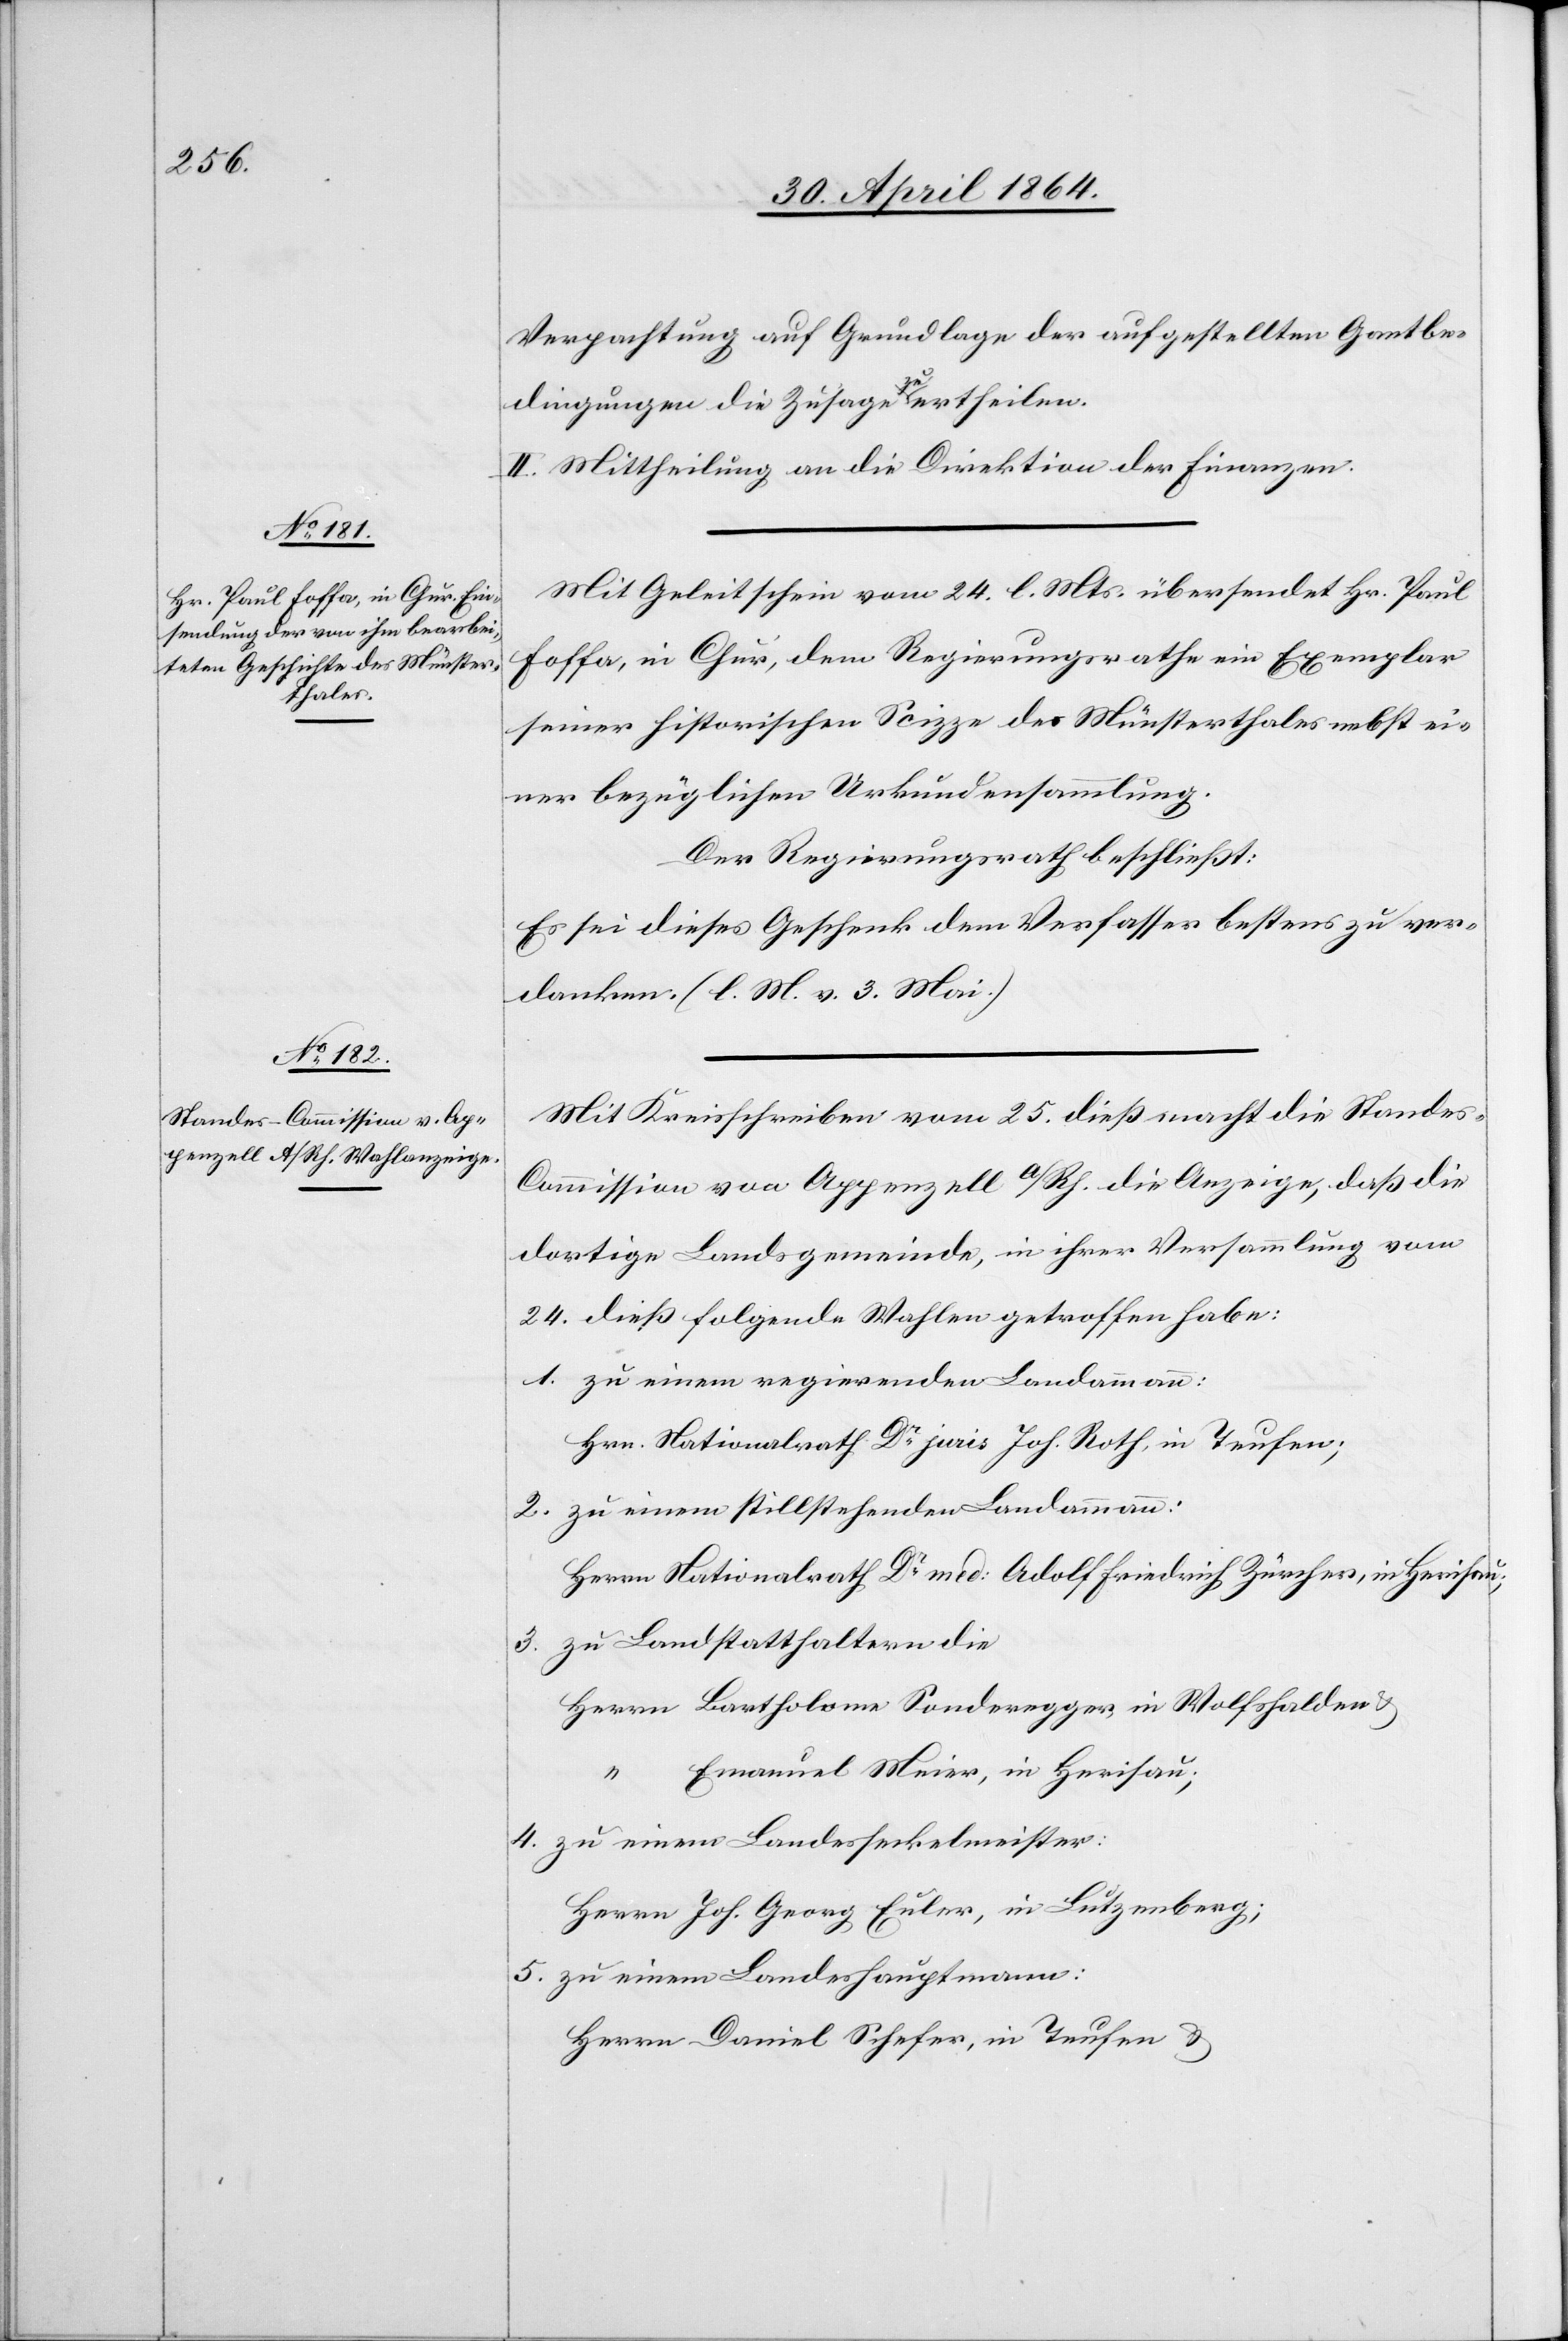
Verpachtung auf Grundlage der aufgestellten Gantbe¬
dingungen die Zusage zu ertheilen.
II. Mittheilung an die Direktion der Finanzen.
Mit Geleitschein vom 24. l. Mts. übersendet Hr. Paul
Foffa, in Chur, dem Regierungsrathe ein Exemplar
seiner historischen Scizze des Münsterthales nebst ei¬
ner bezüglichen Urkundensammlung.
Der Regierungsrath beschließt:
Es sei dieses Geschenk dem Verfasser bestens zu ver¬
danken (l. M. v. 3. Mai.)
Mit Kreisschreiben vom 25. dieß macht die Standes-C¬
ommission von Appenzell a/Rh. die Anzeige, daß die
dortige Landsgemeinde, in ihrer Versammlung vom
24. dieß folgende Wahlen getroffen habe:
1. zu einem regierenden Landammann:
Hrn. Nationalrath Dr juris Joh. Roth, in Teufen;
2. zu einem stillstehenden Landammann:
Hrn. Nationalrath Dr med: Adolf Friedrich Zürcher, in Herisau;
3. zu Landstatthaltern die
Herrn Bertholome Sonderegger in Wolfshalden u.
Emanuel Meier, in Herisau;
4. zu einem Landesseckelmeister:
Herrn Joh. Georg Euler, in Lutzenberg;
5. zu einem Landeshauptmann:
Herrn Daniel Schefer, in Teufen u.